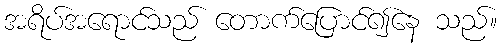
အရိပ်အရောင်သည် တောက်ပြောင်၍နေ သည်။